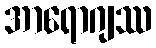
အာရောဂျဿ